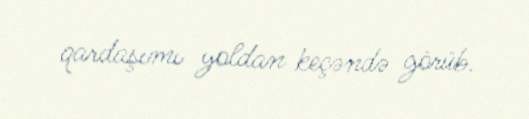
qardaşımı yoldan keçəndə görüb.